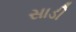
સાડી